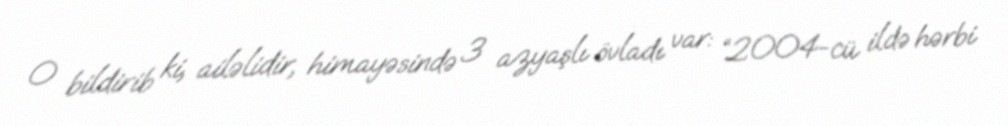
O bildirib ki, ailəlidir, himayəsində 3 azyaşlı övladı var: “2004-cü ildə hərbi